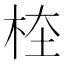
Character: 𣑖